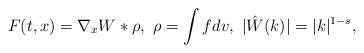
LaTeX: \begin{align*} F(t,x)= \nabla_x W * \rho, \ \rho= \int f dv, \ |\hat{W}(k)|=|k|^{1-s},\end{align*}